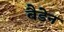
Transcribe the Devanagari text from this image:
बैडेन